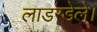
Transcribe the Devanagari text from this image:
लाडरडेले।